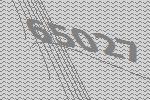
65027